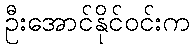
ဦးအောင်နိုင်ဝင်းက